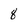
Character: 8